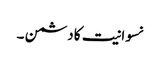
نسوانیت کا دشمن ۔